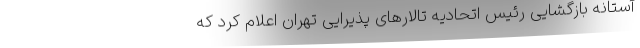
آستانه بازگشایی رئیس اتحادیه تالارهای پذیرایی تهران اعلام کرد که